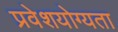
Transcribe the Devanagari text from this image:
प्रवेशयोग्यता